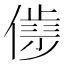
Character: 𰂮